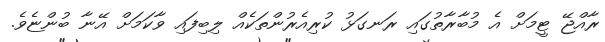
ރާއްޖޭ ޓީމަށް އެ މުބާރާތުގައި ރަނގަޅު ކުރިއެރުންތަކެއް ލިބިފައި ވާކަމަށް އޭނާ ބުންޏެވެ.